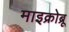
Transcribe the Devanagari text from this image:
माइक्रोब्रू